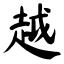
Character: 越